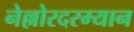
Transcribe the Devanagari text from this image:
नेल्लोरदरम्यान